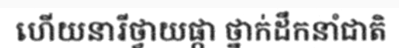
ហើយនារីថ្វាយផ្កា ថ្នាក់ដឹកនាំជាតិ